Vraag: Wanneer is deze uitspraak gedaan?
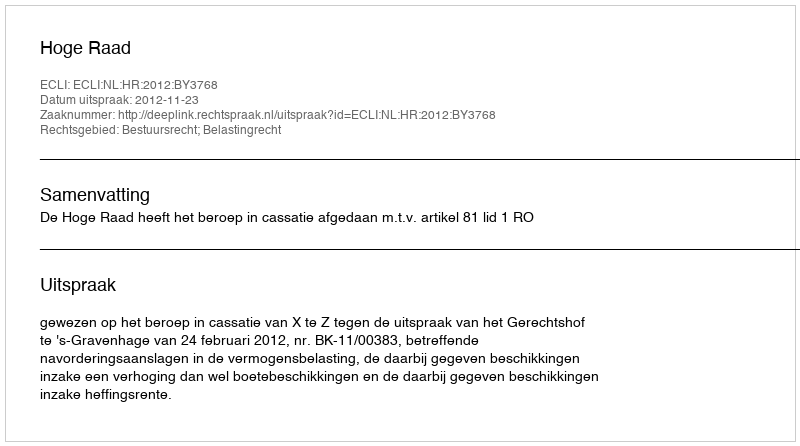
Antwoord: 2012-11-23